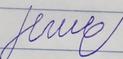
Signature authenticity: forged